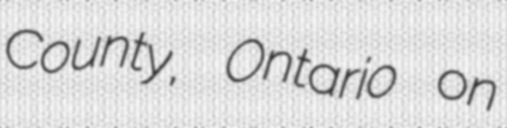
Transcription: County, Ontario on